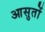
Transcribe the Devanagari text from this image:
आसुतों